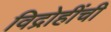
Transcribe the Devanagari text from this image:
विद्रोहींची